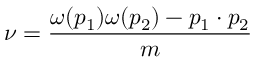
\nu = \frac { \omega ( p _ { 1 } ) \omega ( p _ { 2 } ) - p _ { 1 } \cdot p _ { 2 } } { m }